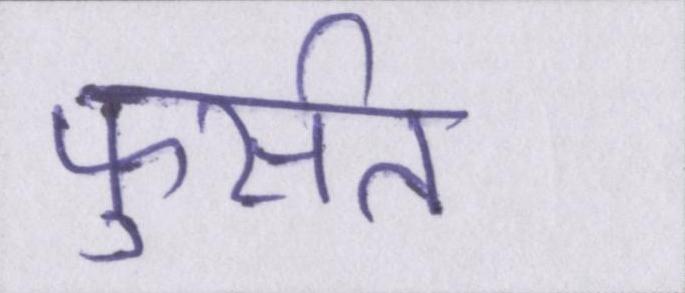
फुर्सत